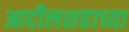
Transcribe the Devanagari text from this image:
आदीलशहाच्या